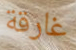
غارقة